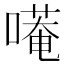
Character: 𭊭